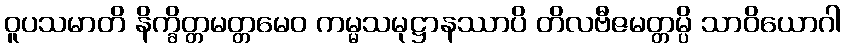
ဝူပသမာတိ နိက္ခိတ္တမတ္တမေဝ ကမ္မသမုဋ္ဌာနဿာပိ တိလဗီဇမတ္တမ္ပိ သာဝိယောဂါ